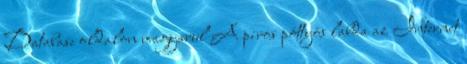
Database oldalon magyarul A piros pöttyös labda az Internet